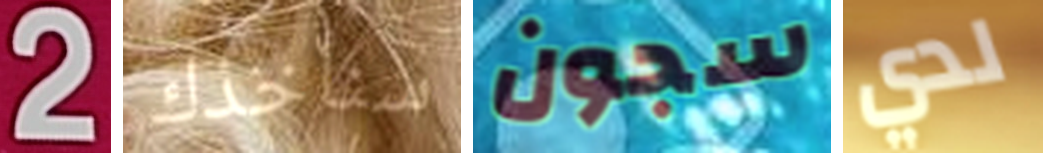
2 سنأخذك سجون لدي